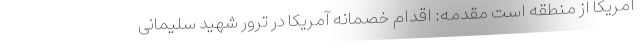
آمریکا از منطقه است مقدمه: اقدام خصمانه آمریکا در ترور شهید سلیمانی